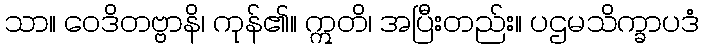
သာ။ ဝေဒိတဗ္ဗာနိ၊ ကုန်၏။ ဣတိ၊ အပြီးတည်း။ ပဌမသိက္ခာပဒံ